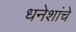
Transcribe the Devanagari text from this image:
धनेशांचे